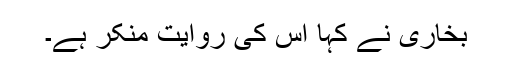
بخاری نے کہا اس کی روایت منکر ہے۔